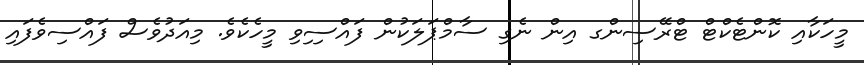
މީހަކާއި ކޮންޓެކްޓް ޓްރޭސިންގ އިން ނެގި ސާމްޕަލަކުން ފައްސިިވި މީހެކެވެ. މިއަދުވެސް ފައްސިވެފައި